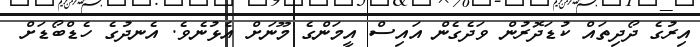
އިރުގެ ދޯދިތައް ކުޑަދޮރުން ވަދެގެން އައިސް އީމަންގެ މޫނަށް އެޅުނެވެ. އެނދުގެ ހެޑްބޯޑަށް